Source: Handwritten
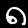
Digit: ၈ (8)